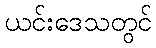
ယင်းဒေသတွင်